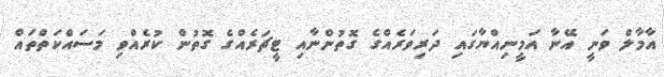
އާމާލް ވަނީ އޭނާ އަމީނިއްޔާގައި ދަރިވަރެއްގެ ގޮތުންނާއި ޓީޗަރެއްގެ ގޮތުން ކުރެއްވި މަސައްކަތްތައް